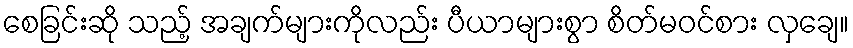
စေခြင်းဆို သည့် အချက်များကိုလည်း ပီယာများစွာ စိတ်မဝင်စား လှချေ။